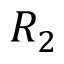
R _ { 2 }